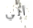
ألي